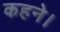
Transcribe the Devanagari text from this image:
कहने।